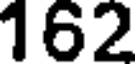
162